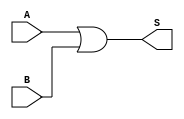
`timescale 1ns / 1ps
//////////////////////////////////////////////////////////////////////////////////
// Company: 
// Engineer: 
// 
// Design Name: 
// Module Name:    or64 
// Project Name: 
// Target Devices: 
// Tool versions: 
// Description: 
//
// Dependencies: 
//
// Revision: 
// Revision 0.01 - File Created
// Additional Comments: 
//
//////////////////////////////////////////////////////////////////////////////////
module or64(
    input [63:0] A,
    input [63:0] B,
    output [63:0] S
    );

	assign S = A | B;

endmodule